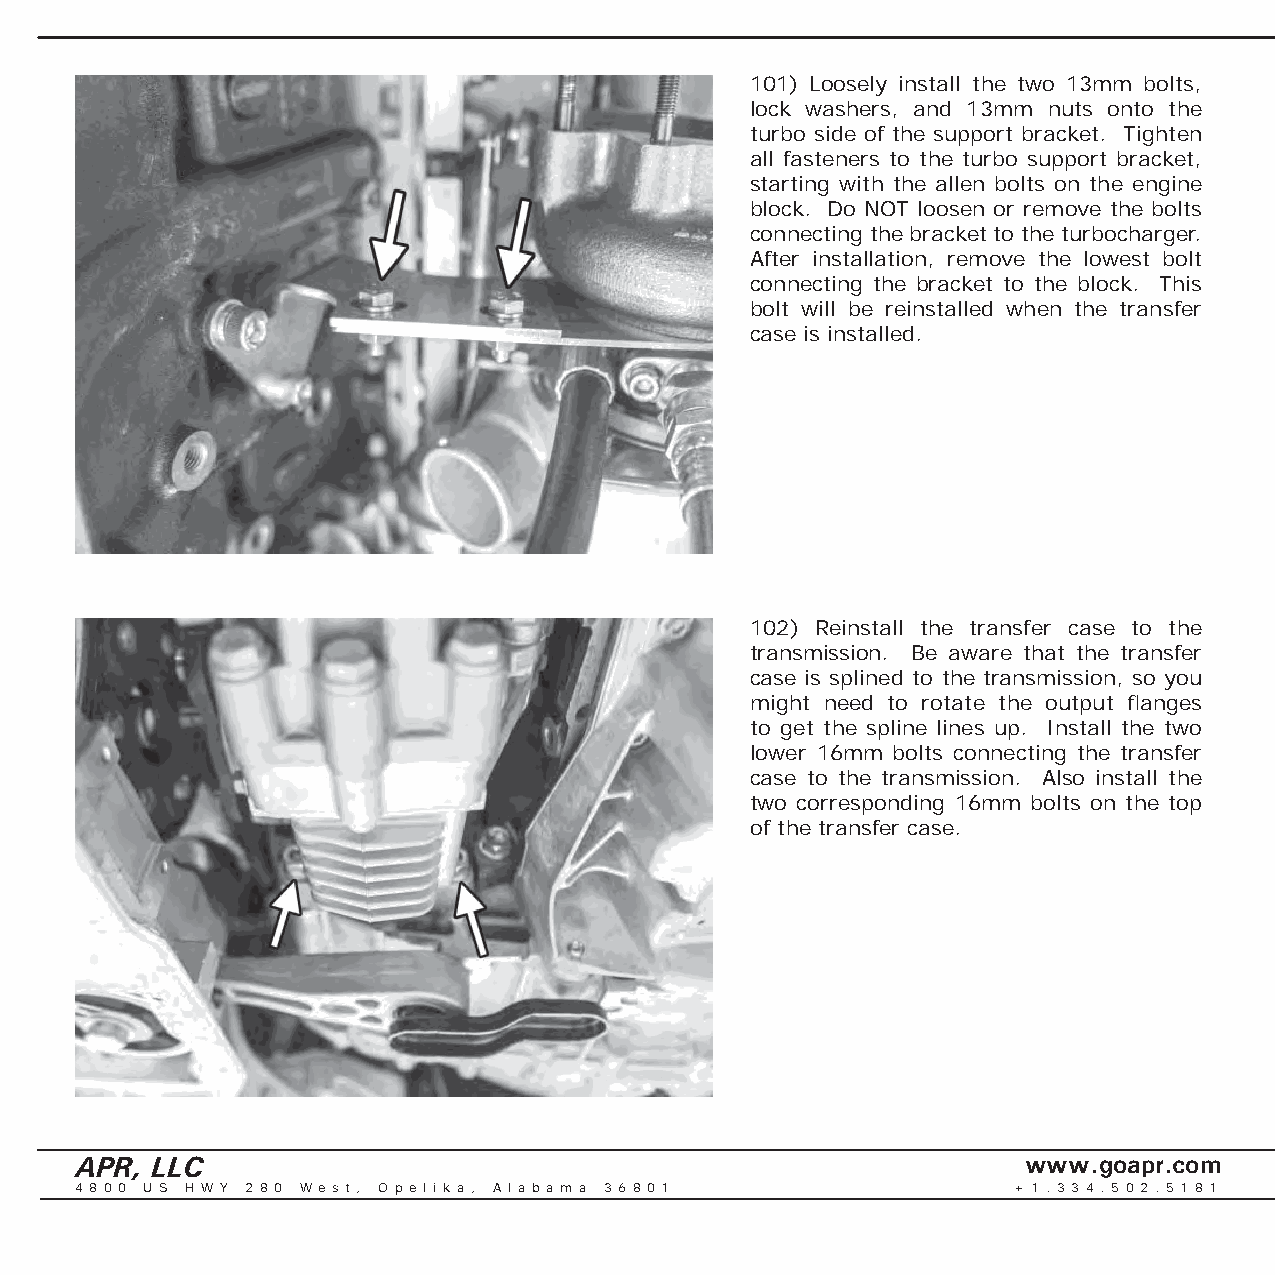
101) Loosely install the two 13mm bolts,
 lock washers, and 13mm nuts onto the
 turbo side of the support bracket. Tighten
 all fasteners to the turbo support bracket,
 starting with the allen bolts on the engine
 block. Do NOT loosen or remove the bolts
 connecting the bracket to the turbocharger.
 After installation, remove the lowest bolt
 connecting the bracket to the block. This
 bolt will be reinstalled when the transfer
 case is installed.
 102) Reinstall the transfer case to the
 transmission. Be aware that the transfer
 case is splined to the transmission, so you
 might need to rotate the output fl anges
 to get the spline lines up. Install the two
 lower 16mm bolts connecting the transfer
 case to the transmission. Also install the
 two corresponding 16mm bolts on the top
 of the transfer case.
 APR, LLC                                                       www.goapr.com
 4 8 0 0 U S H W Y 2 8 0 We s t , O p e l i k a , A l a b a m a 3 6 8 0 1 + 1 . 3 3 4 . 5 0 2 . 5 1 8 1